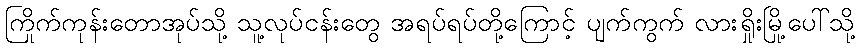
ကြိုက်ကုန်းတောအုပ်သို့ သူ့လုပ်ငန်းတွေ အရပ်ရပ်တို့ကြောင့် ပျက်ကွက် လားရှိုးမြို့ပေါ်သို့